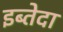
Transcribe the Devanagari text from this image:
इब्तेदा